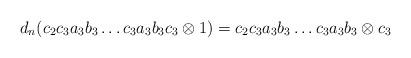
LaTeX: \begin{align*}d_n(c_2c_3a_3b_3 \dots c_3a_3b_3c_3 \otimes 1) = c_2c_3a_3b_3 \dots c_3a_3b_3 \otimes c_3\end{align*}